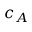
c _ { A }